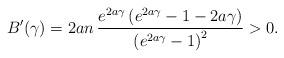
LaTeX: \begin{align*}B'(\gamma) = 2 a n \, \frac{e^{2 a \gamma } \left(e^{2 a \gamma }-1-2 a \gamma\right)}{\left(e^{2 a \gamma}-1\right)^2} > 0.\end{align*}